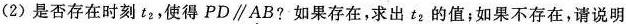
(2)是否存在时刻t_{2}，使得PD\parallelAB?如果存在，求出t_{2}的值；如果不存在，请说明